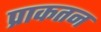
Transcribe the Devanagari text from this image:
प्राकतन